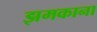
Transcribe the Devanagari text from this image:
झमकाना